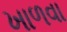
ખાળવા